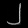
Digit: ၂